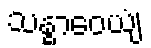
သန္ဓာဝေယျံ